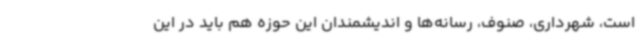
است، شهرداری، صنوف، رسانه‌ها و اندیشمندان این حوزه هم باید در این